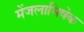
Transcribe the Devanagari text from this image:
मेंजलाभिषेक